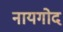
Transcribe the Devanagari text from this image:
नायगोद